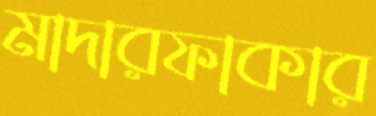
মাদারফাকার